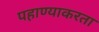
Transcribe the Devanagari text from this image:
पहाण्याकरता